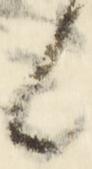
候